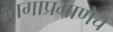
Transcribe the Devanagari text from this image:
भागाप्रमाणेच